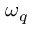
\omega _ { q }